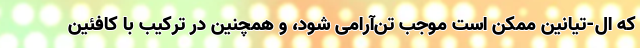
که ال-تیانین ممکن است موجب تن‌آرامی شود، و همچنین در ترکیب با کافئین